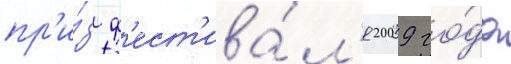
пр'и́з ф'ест'ива́л'я 2009 го́да